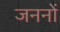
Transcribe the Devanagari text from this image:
जननों